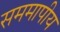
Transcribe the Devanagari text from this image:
सममापीय